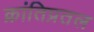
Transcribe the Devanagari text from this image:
क्रांतिप्रतल